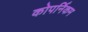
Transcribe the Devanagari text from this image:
कोपर्निकम